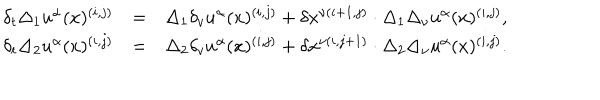
\begin{array} { c r l } { { \delta _ { t } \Delta _ { 1 } u ^ { \alpha } ( x ) ^ { ( i , j ) } } } & { { = } } & { { \Delta _ { 1 } \delta _ { v } u ^ { \alpha } ( x ) ^ { ( i , j ) } + \delta x ^ { \nu ( i + 1 , j ) } \cdot \Delta _ { 1 } \Delta _ { \nu } u ^ { \alpha } ( x ) ^ { ( i , j ) } , } } \\ { { \delta _ { t } \Delta _ { 2 } u ^ { \alpha } ( x ) ^ { ( i , j ) } } } & { { = } } & { { \Delta _ { 2 } \delta _ { v } u ^ { \alpha } ( x ) ^ { ( i , j ) } + \delta x ^ { \nu ( i , j + 1 ) } \cdot \Delta _ { 2 } \Delta _ { \nu } u ^ { \alpha } ( x ) ^ { ( i , j ) } . } } \\ \end{array}